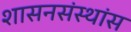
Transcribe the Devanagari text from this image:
शासनसंस्थांस